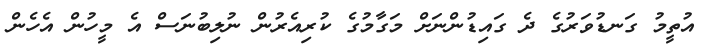
އުތީމު ގަނޑުވަރުގެ ދެ ގައިޑުންނަށް މަގާމުގެ ކުރިއެރުން ނުލިބުނަސް އެ މީހުން އެހެން